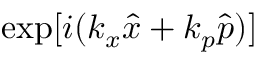
\exp [ { i ( k _ { x } \hat { x } + k _ { p } \hat { p } ) } ]